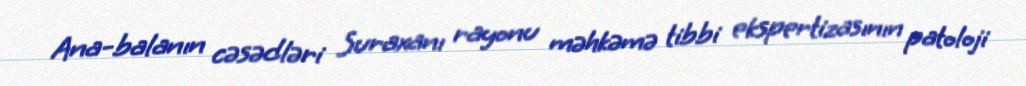
Ana-balanın cəsədləri Suraxanı rayonu məhkəmə tibbi ekspertizasının patoloji